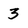
Character: 3